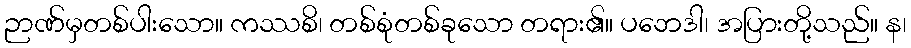
ဉာဏ်မှတစ်ပါးသော။ ကဿစိ၊ တစ်စုံတစ်ခုသော တရား၏။ ပဘေဒါ၊ အပြားတို့သည်။ န၊